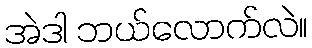
အဲဒါ ဘယ်လောက်လဲ။